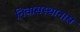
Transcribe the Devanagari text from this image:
निवासस्थानास